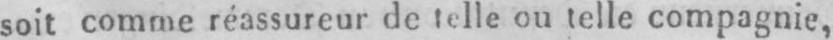
soit comme réassureur de telle ou telle compagnie,